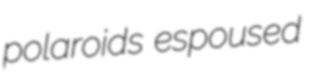
polaroids espoused